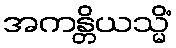
အကန္တိယသ္မိံ